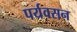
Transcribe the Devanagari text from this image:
पर्यवसन